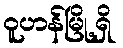
ဝူဟန်မြို့ရှိ